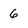
Character: 6